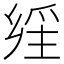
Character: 𤔕